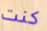
كنت